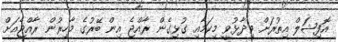
އޮފިޝަލް އިތުރަށް ވިދާޅުވީ މިކަމާއި ގުޅިގެން ރާއްޖެ އިން ބޭރުގެ މާހިރުން ރާއްޖެއަށް